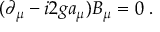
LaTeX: ( \partial _ { \mu } - i 2 g a _ { \mu } ) B _ { \mu } = 0 \; .